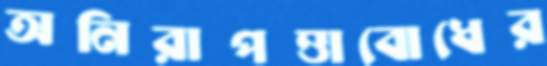
অনিরাপত্তাবোধের